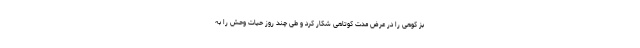
بز کوهی را در عرض مدت کوتاهی شکار کرد و طی چند روز حیات وحش را به